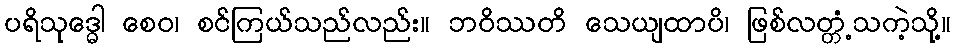
ပရိသုဒ္ဓေါ စေဝ၊ စင်ကြယ်သည်လည်း။ ဘဝိဿတိ သေယျထာပိ၊ ဖြစ်လတ္တံ့သကဲ့သို့။